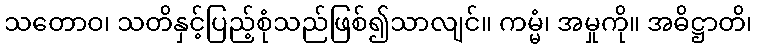
သတောဝ၊ သတိနှင့်ပြည့်စုံသည်ဖြစ်၍သာလျင်။ ကမ္မံ၊ အမှုကို။ အဓိဋ္ဌာတိ၊